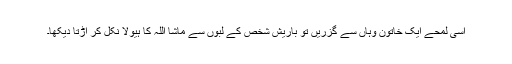
اسی لمحے ایک خاتون وہاں سے گزریں تو باریش شخص کے لبوں سے ماشا اللہ کا ہیولا نکل کر اڑتا دیکھا۔